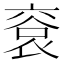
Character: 䘱